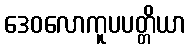
ဒေဝလောကူပပတ္တိယာ